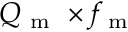
Q _ { \mathrm { ~ m ~ } } \times f _ { \mathrm { ~ m ~ } }